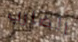
الضارب